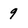
Character: 9